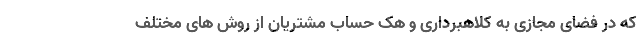
که در فضای مجازی به کلاهبرداری و هک حساب مشتریان از روش های مختلف